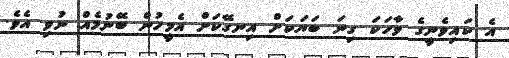
އެ ކައިވެނީގެ ވާހަކަ ގިނަ ބަޔަކަށް އިނގޭކަށް އެމީހުން ބޭނުމެއް ނުވި އެވެ.